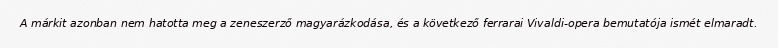
A márkit azonban nem hatotta meg a zeneszerző magyarázkodása, és a következő ferrarai Vivaldi-opera bemutatója ismét elmaradt.